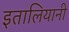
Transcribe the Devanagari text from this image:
इतालियानी